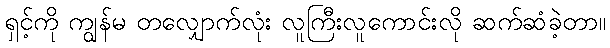
ရှင့်ကို ကျွန်မ တလျှောက်လုံး လူကြီးလူကောင်းလို ဆက်ဆံခဲ့တာ။